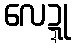
လေဍ္ဍု